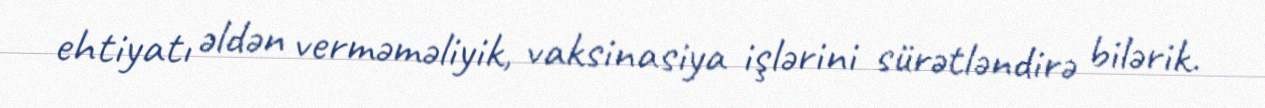
ehtiyatı əldən verməməliyik, vaksinasiya işlərini sürətləndirə bilərik.